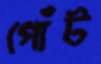
গোঁট